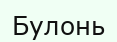
Булонь